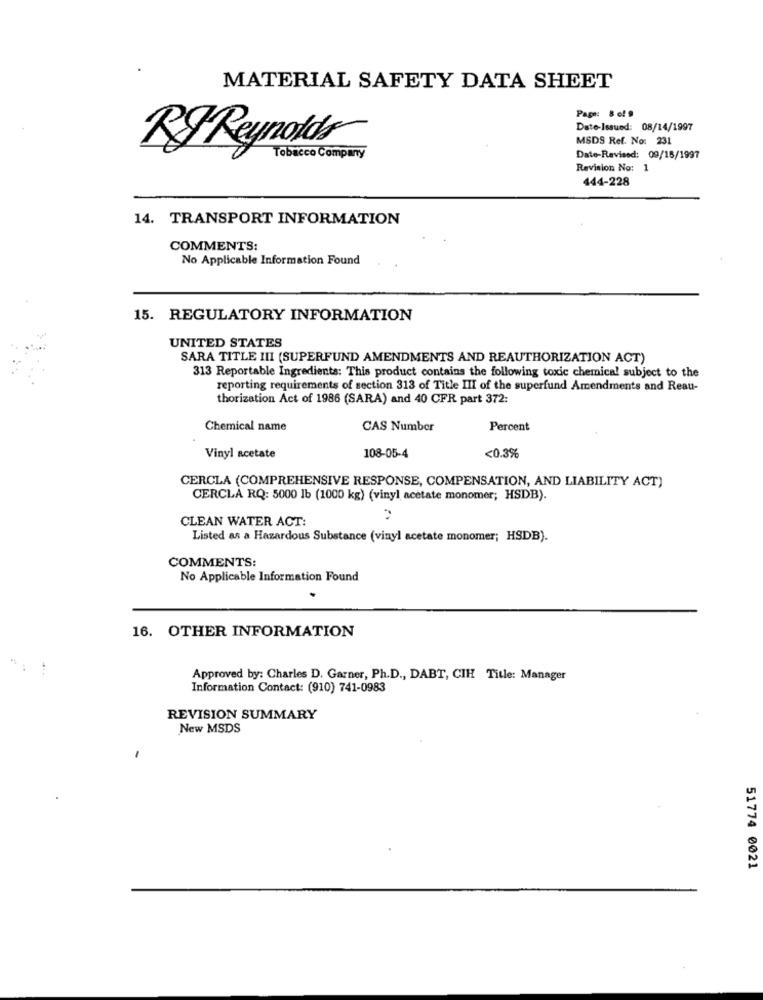
MATERIAL SAFETY DATA SHEET
Page: 8 el 9
Date-Issued: 08/14/1997
MSDS Ref. No: 231
RS Reynolds
Tobacco Company
Date-Revised: 09/15/1997
Revision No: 1
444-228
14. TRANSPORT INFORMATION
COMMENTS:
No Applicable Information Found
15. REGULATORY INFORMATION
UNITED STATES
SARA TITLE III (SUPERFUND AMENDMENTS AND REAUTHORIZATION ACT)
313 Reportable Ingredients: This product contains the following toxic chemical subject to the
reporting requirements of section 313 of Title III of the superfund Amendments and Reau-
thorization Act of 1986 (SARA) and 40 CFR part 372:
Chemical name
CAS Number
Percent
Vinyl acetate
108-05-4
<0.3%
CERCLA (COMPREHENSIVE RESPONSE, COMPENSATION, AND LIABILITY ACT)
CERCLA RQ: 5000 lb (1000 kg) (vinyl acetate monomer; HSDB).
CLEAN WATER ACT:
Listed as a Hazardous Substance (vinyl acetate monomer; HSDB).
COMMENTS:
No Applicable Information Found
16. OTHER INFORMATION
Approved by: Charles D. Garner, Ph.D ., DABT, CIH Title: Manager
Information Contact: (910) 741-0983
REVISION SUMMARY
New MSDS
51774 0021